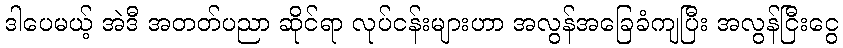
ဒါပေမယ့် အဲဒီ အတတ်ပညာ ဆိုင်ရာ လုပ်ငန်းများဟာ အလွန်အခြေခံကျပြီး အလွန်ငြီးငွေ